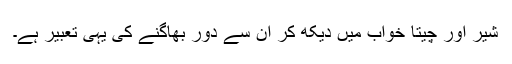
شیر اور چیتا خواب میں دیکھ کر ان سے دور بھاگنے کی یہی تعبیر ہے۔